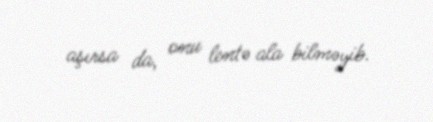
aşırsa da, onu lentə ala bilməyib.